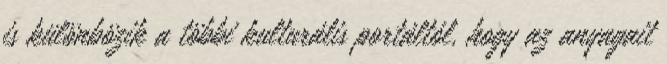
is különbözik a többi kulturális portáltól, hogy az anyagait